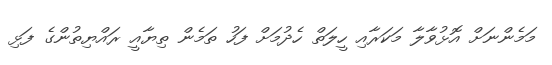
މަމެންނަށް އޮޅުވާލާ މަކަރާއި ހީލަތް ހެދުމަށް ފަހު ތަމެން ތިޔާއީ ރައްޔިތުންގެ ފަޅި